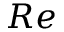
R e